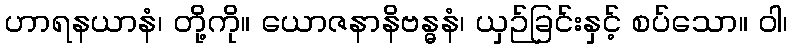
ဟာရနယာနံ၊ တို့ကို။ ယောဇနာနိဗန္ဓနံ၊ ယှဉ်ခြင်းနှင့် စပ်သော။ ဝါ၊